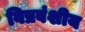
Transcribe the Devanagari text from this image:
विप्रवंशीय